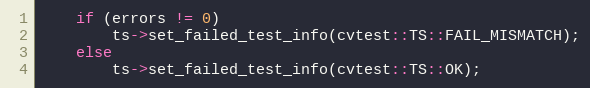
Language: C++
    if (errors != 0)
        ts->set_failed_test_info(cvtest::TS::FAIL_MISMATCH);
    else
        ts->set_failed_test_info(cvtest::TS::OK);